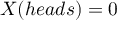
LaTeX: X ( h e a d s ) = 0